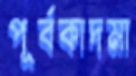
পূর্বকাদমা